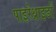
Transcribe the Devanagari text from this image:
पाइरेथ्राइडों